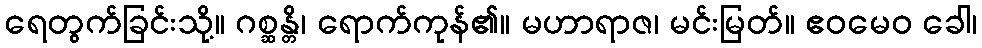
ရေတွက်ခြင်းသို့။ ဂစ္ဆန္တိ၊ ရောက်ကုန်၏။ မဟာရာဇ၊ မင်းမြတ်။ ဧဝမေဝ ခေါ၊